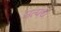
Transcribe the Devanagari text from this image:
सत्पंथ